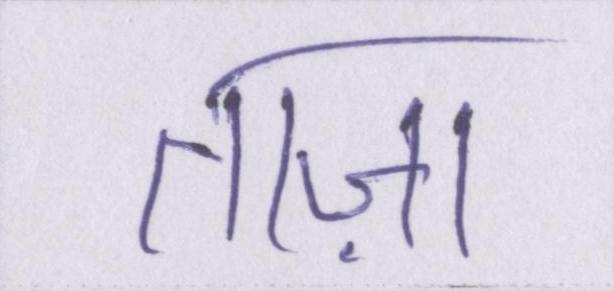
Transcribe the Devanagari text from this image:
ताज़ा